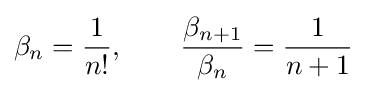
\beta _{n}={\frac {1}{n!}},\qquad {\frac {\beta _{n+1}}{\beta _{n}}}={\frac {1}{n+1}}